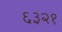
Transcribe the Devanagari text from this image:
६३२१